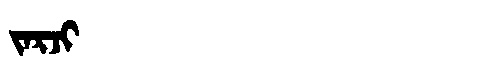
Manchu: ᠵᠠᡵᠵᡳ
Romanization: JARJI